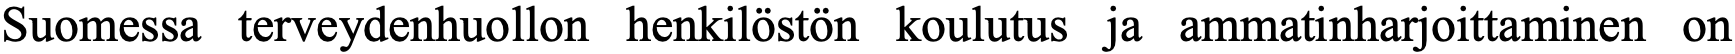
Suomessa terveydenhuollon henkilöstön koulutus ja ammatinharjoittaminen on